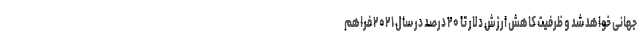
جهانی خواهد شد و ظرفیت کاهش ارزش دلار تا ۲۰ درصد در سال ۲۰۲۱ فراهم